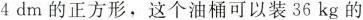
4dm的正方形，这个油桶可以装36kg的